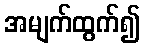
အမျက်ထွက်၍